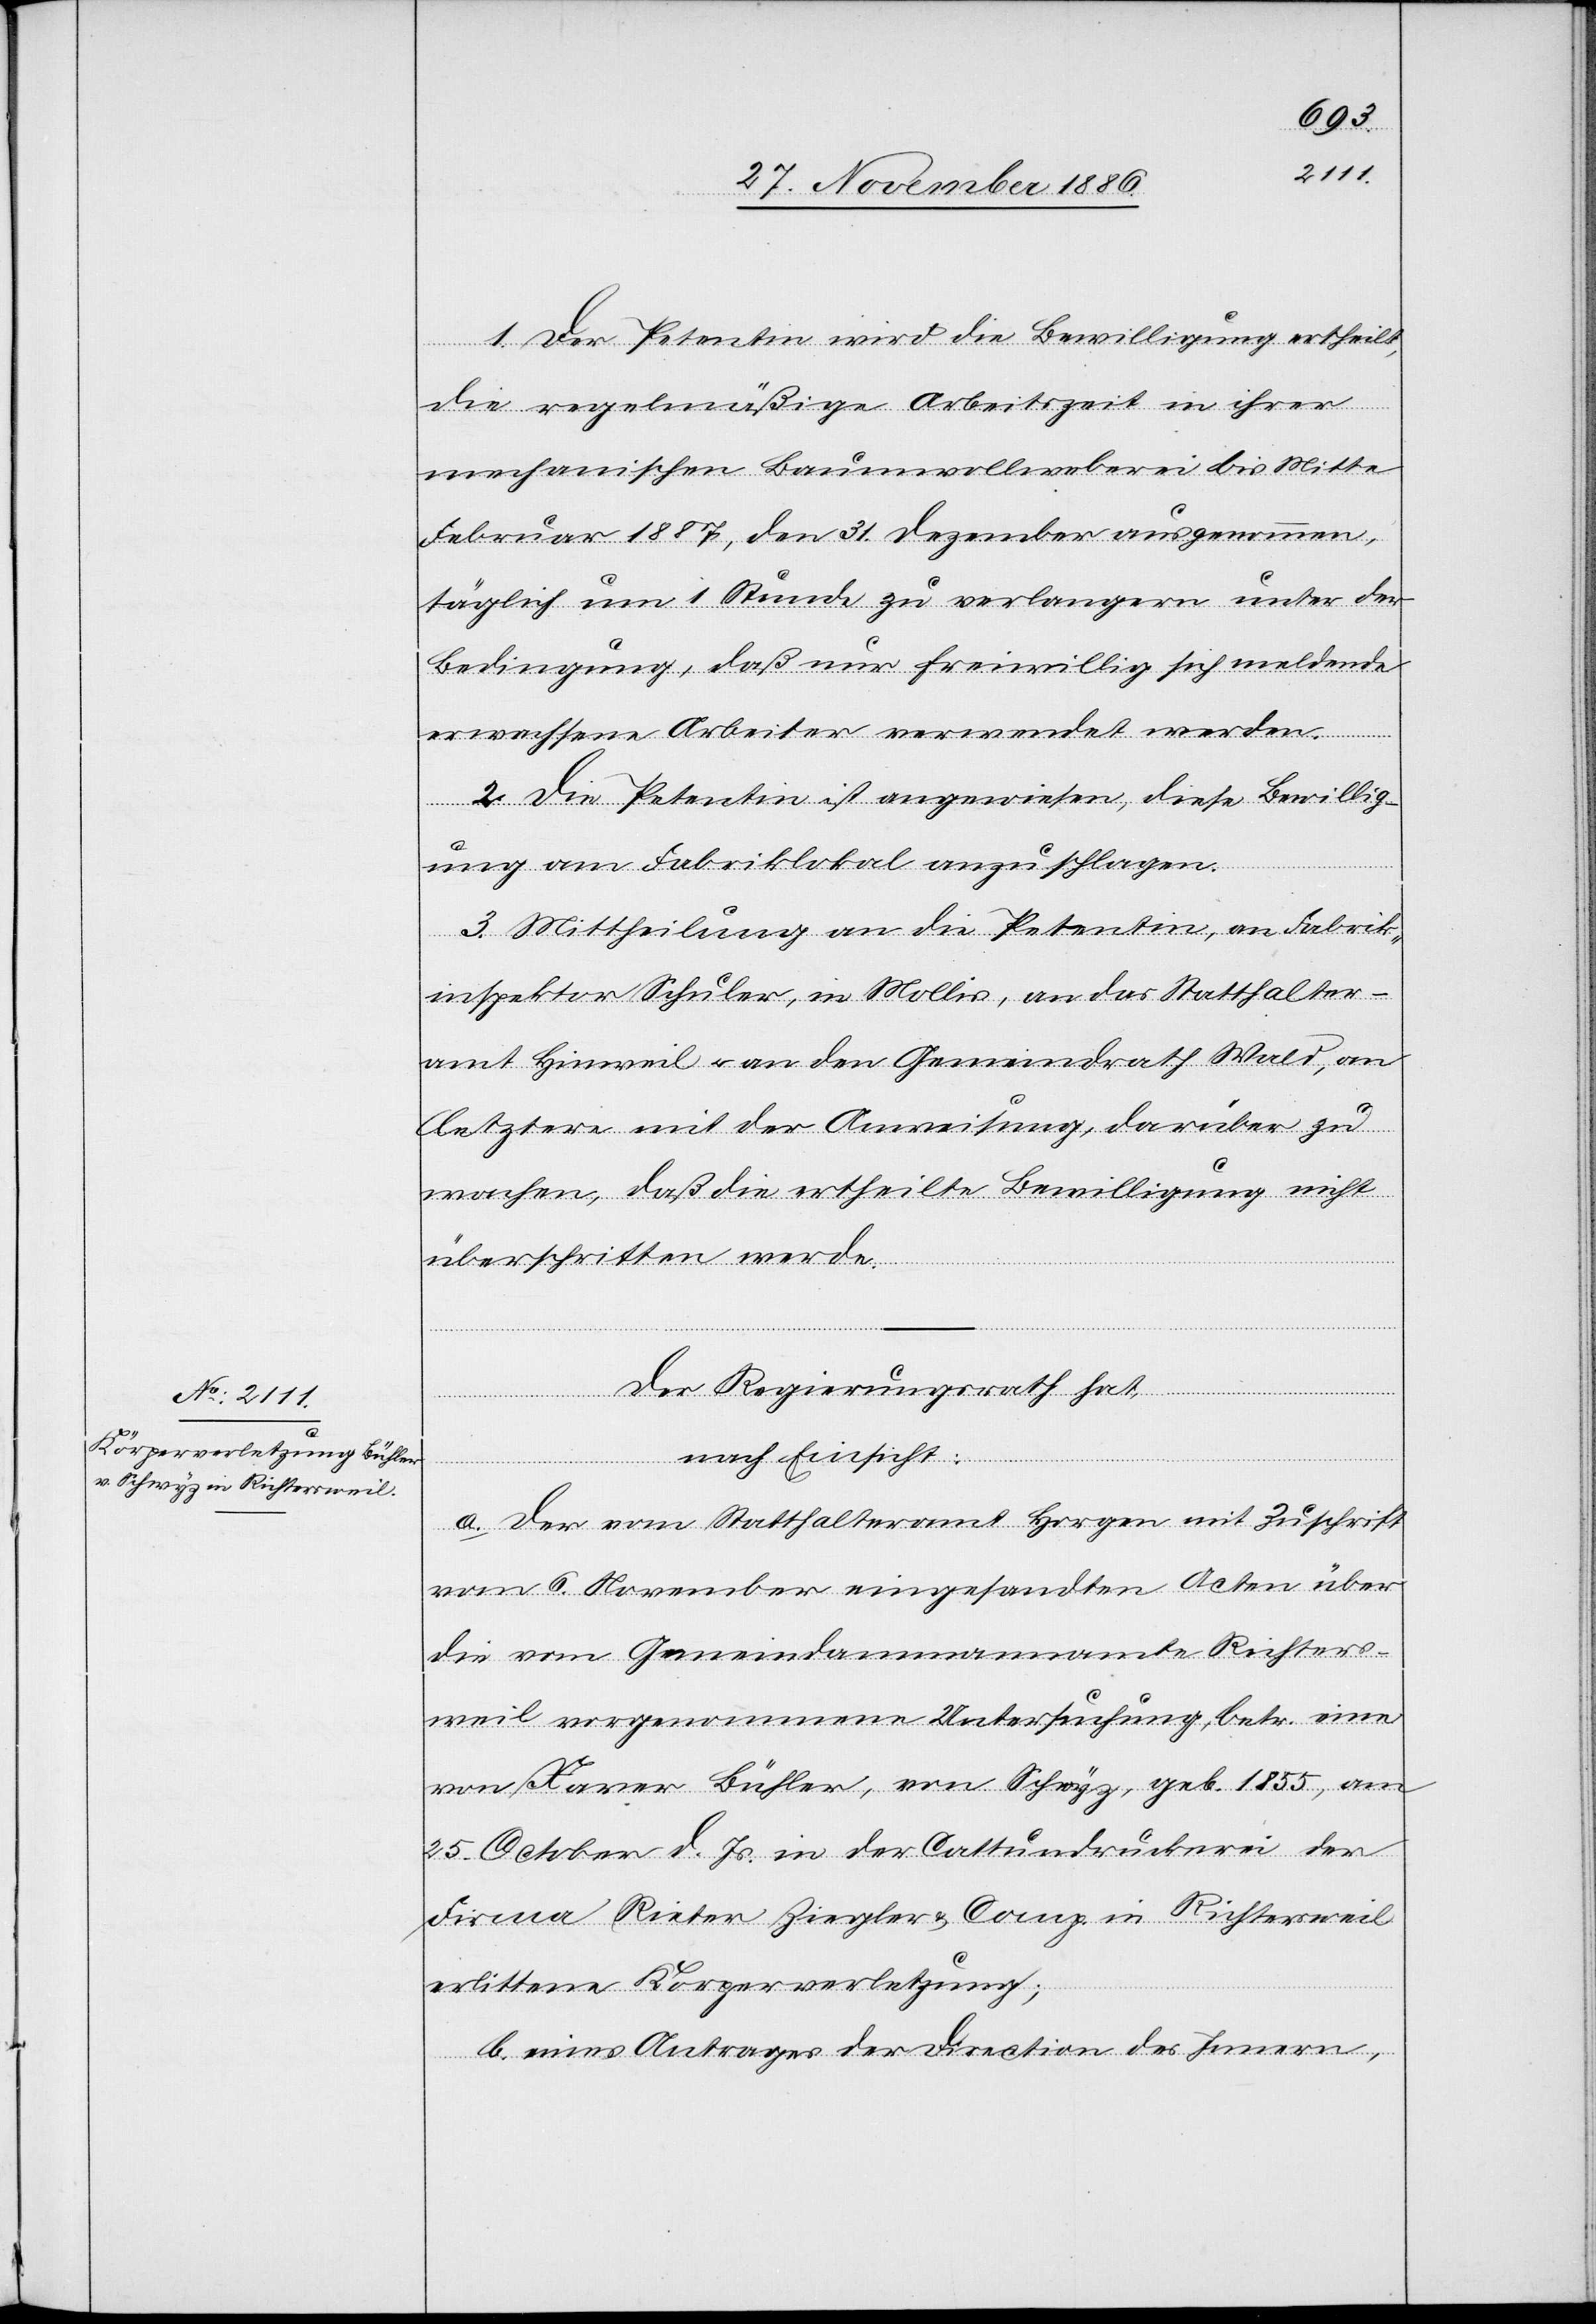
1. Der Petentin wird die Bewilligung ertheilt,
die regelmäßige Arbeitszeit in ihrer
mechanischen Baumwollweberei bis Mitte
Februar 1887, den 31. Dezember ausgenommen,
täglich um 1 Stunde zu verlangern [sic!] unter der
Bedingung, daß nur freiwillig sich meldende
erwachsene Arbeiter verwendet werden.
2. Die Petentin ist angewiesen, diese Bewillig¬
ung am Fabriklokal anzuschlagen.
3. Mittheilung an die Petentin, an Fabrik¬
inspektor Schuler, in Mollis, an das Statthalter¬
amt Hinweil & an den Gemeindrath Wald, an
letztere mit der Anweisung, darüber zu
wachen, daß die ertheilte Bewilligung nicht
überschritten werde.
Der Regierungsrath hat,
nach Einsicht:
a. Der vom Statthalteramt Horgen mit Zuschrift
vom 6. November eingesandten Acten über
die vom Gemeindammannamte Richters¬
weil vorgenommene Untersuchung, betr. eine
von Xaver Bühler, von Schwyz, geb. 1855, am
25. October d. Js. in der Cattundruckerei der
Firma Rieter Ziegler & Comp. in Richtersweil
erlittene Körperverletzung;
b. eines Antrages der Direction des Innern,